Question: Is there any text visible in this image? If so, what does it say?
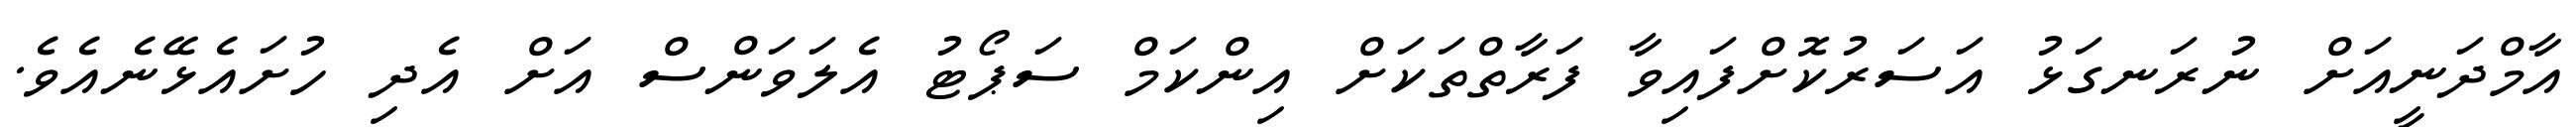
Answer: އާމްދަނީއަށް ނުރަނގަޅު އަސަރުކޮށްފައިވާ ފަރާތްތަކަށް އިންކަމް ސަޕޯޓު އެލަވަންސް އަށް އެދި ހުށައެޅޭނެއެވެ.